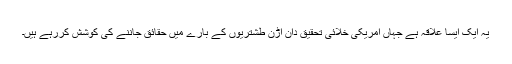
یہ ایک ایسا علاقہ ہے جہاں امریکی خلائی تحقیق دان اڑن طشتریوں کے بارے میں حقائق جاننے کی کوشش کررہے ہیں۔